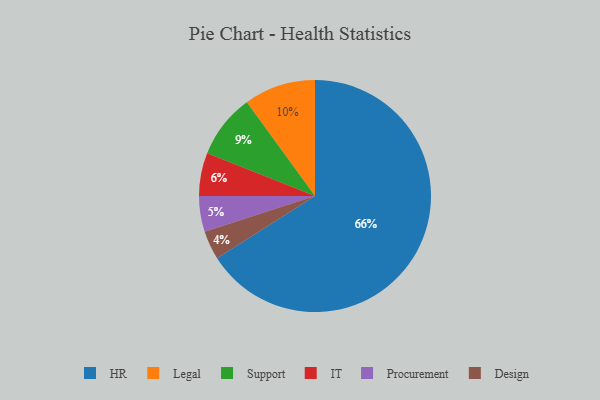
{"axis": {"x": "Category", "y": "Percentage"}, "legend": ["Design", "HR", "IT", "Legal", "Procurement", "Support"], "data": [{"x": "HR", "y": 66, "type": "HR"}, {"x": "Legal", "y": 10, "type": "Legal"}, {"x": "IT", "y": 6, "type": "IT"}, {"x": "Procurement", "y": 5, "type": "Procurement"}, {"x": "Support", "y": 9, "type": "Support"}, {"x": "Design", "y": 4, "type": "Design"}]}